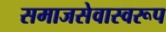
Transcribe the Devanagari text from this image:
समाजसेवास्वरूप